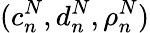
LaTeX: (c_{n}^{N},d_{n}^{N},\rho_{n}^{N})